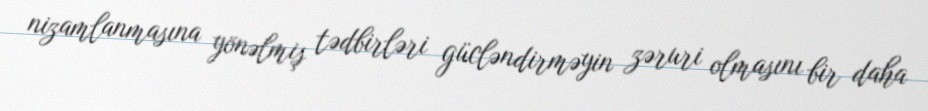
nizamlanmasına yönəlmiş tədbirləri gücləndirməyin zəruri olmasını bir daha